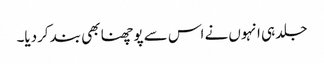
جلد ہی انہوں نے اس سے پوچھنا بھی بند کردیا۔